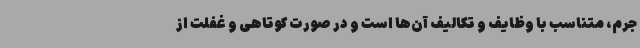
جرم، متناسب با وظایف و تکالیف آن‌ها است و در صورت کوتاهی و غفلت از